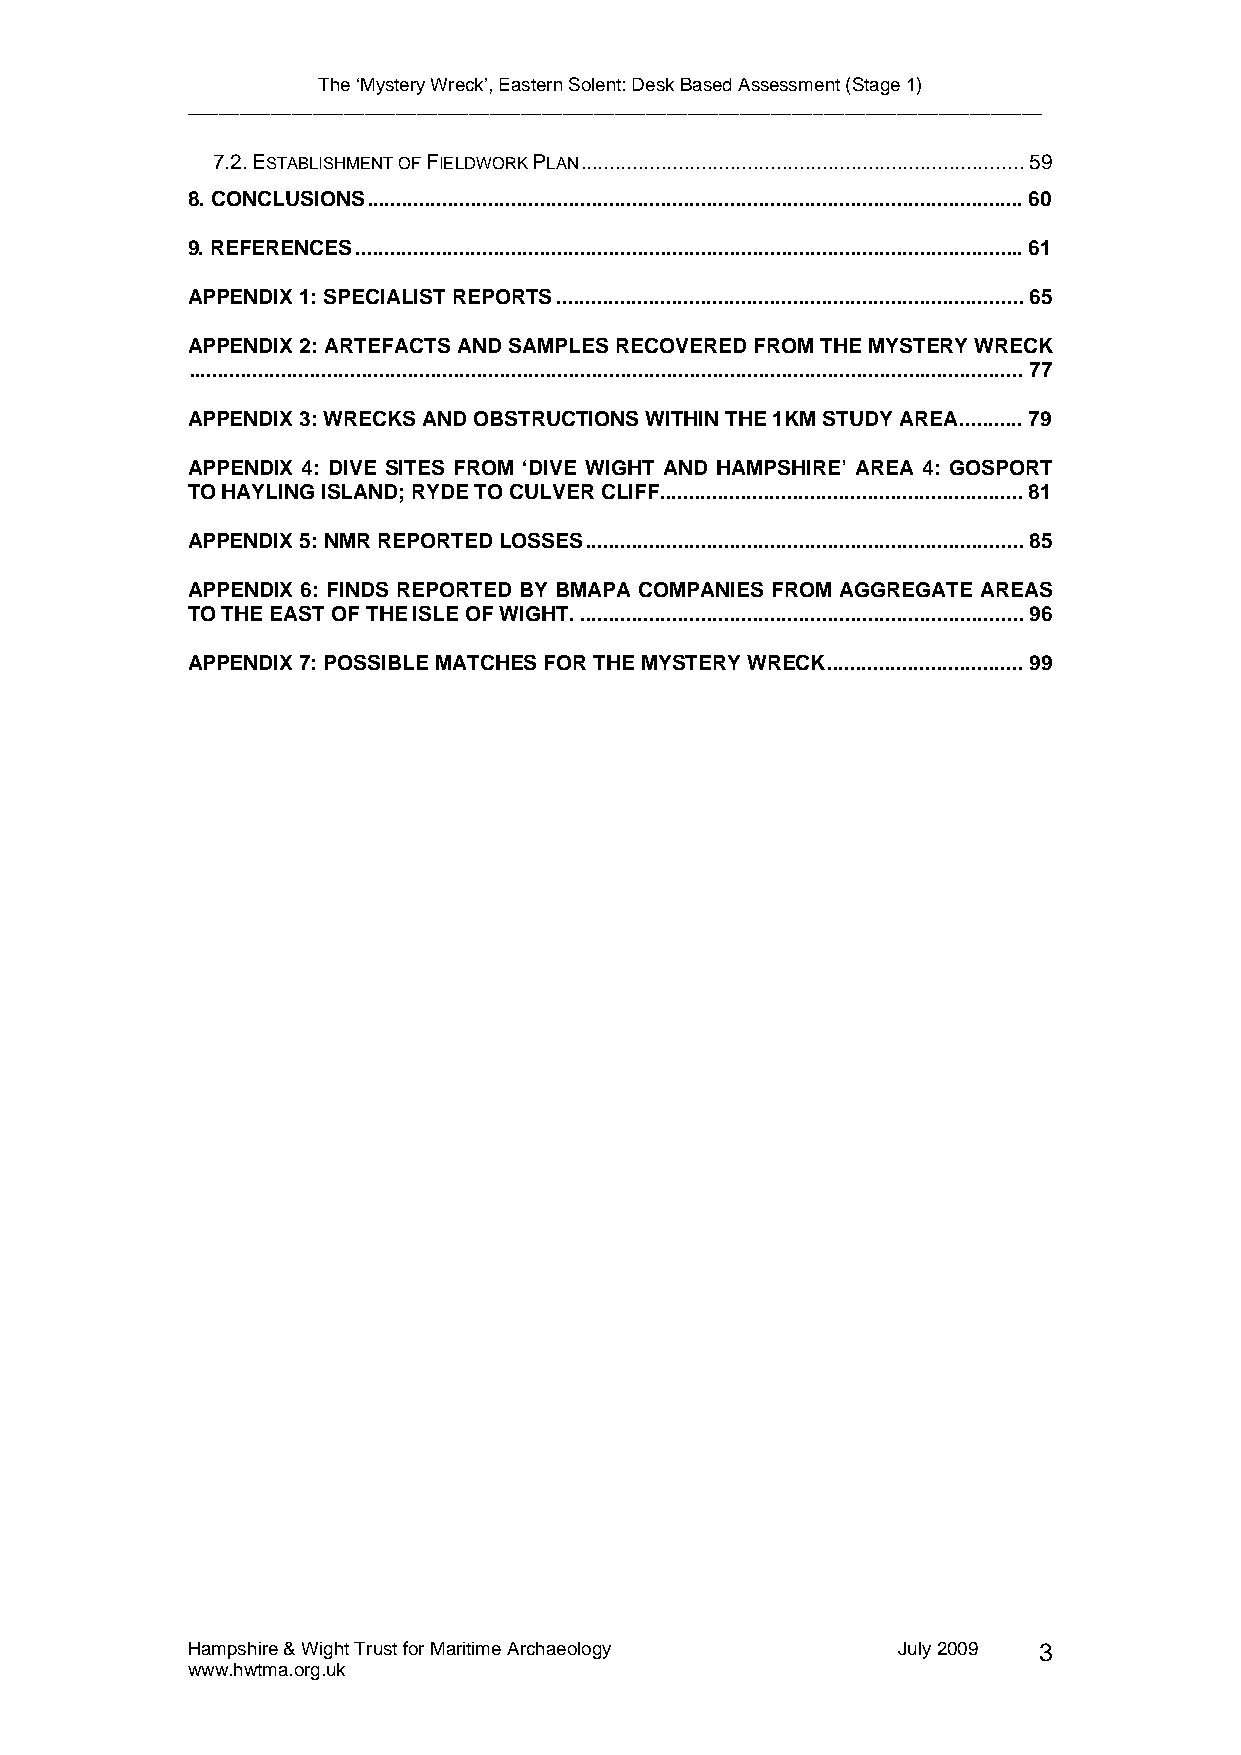
The ‘Mystery Wreck’, Eastern Solent: Desk Based Assessment (Stage 1)
 __________________________________________________________________________________
 7.2.ESTABLISHMENT OF FIELDWORK PLAN.............................................................................59
 8. CONCLUSIONS..................................................................................................................60
 9. REFERENCES....................................................................................................................61
 APPENDIX 1: SPECIALIST REPORTS.................................................................................65
 APPENDIX 2: ARTEFACTS AND SAMPLES RECOVERED FROM THE MYSTERY WRECK
 .................................................................................................................................................77
 APPENDIX 3: WRECKS AND OBSTRUCTIONS WITHIN THE 1KM STUDY AREA...........79
 APPENDIX 4: DIVE SITES FROM ‘DIVE WIGHT AND HAMPSHIRE’ AREA 4: GOSPORT
 TO HAYLING ISLAND; RYDE TO CULVER CLIFF...............................................................81
 APPENDIX 5: NMR REPORTED LOSSES............................................................................85
 APPENDIX 6: FINDS REPORTED BY BMAPA COMPANIES FROM AGGREGATE AREAS
 TO THE EAST OF THE ISLE OF WIGHT..............................................................................96
 APPENDIX 7: POSSIBLE MATCHES FOR THE MYSTERY WRECK..................................99
 Hampshire & Wight Trust for Maritime Archaeology July 2009 3
 www.hwtma.org.uk